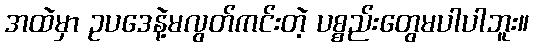
အထဲမှာ ဥပဒေနဲ့မလွတ်ကင်းတဲ့ ပစ္စည်းတွေမပါပါဘူး။